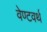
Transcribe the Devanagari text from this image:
वेण्टवर्थ